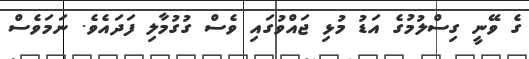
ގެ ވޭނީ ގިސްލުމުގެ އަޑު މުޅި ޖައްވުގައި ވެސް ގުގުމާލި ފަދައެވެ. ނަމަވެސް